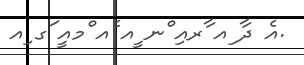
.އެ ދާ ިއ ާރއި ްނ ީއ ެއ ްމއީ ަގ ިއ